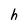
Character: h